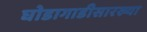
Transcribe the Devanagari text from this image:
घोडागाडीसारख्या